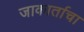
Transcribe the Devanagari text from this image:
जाकार्ताचा